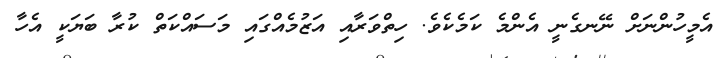
އެމީހުންނަށް ނޭނގެނީ އެންމެ ކަމެކެވެ. ހިތްވަރާއި އަޒުމެއްގައި މަސައްކަތް ކުރާ ބަޔަކީ އެހާ